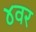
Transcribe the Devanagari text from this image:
४वर